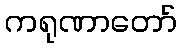
ကရုဏာတော်